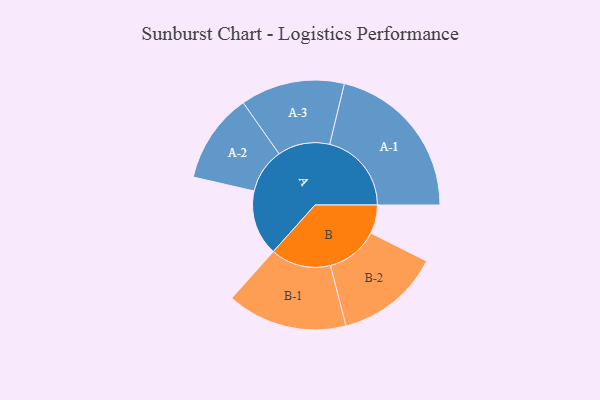
{"axis": {"x": "Segment", "y": "Value"}, "legend": ["", "A", "B"], "data": [{"x": "A", "y": 236, "type": ""}, {"x": "B", "y": 103, "type": ""}, {"x": "A-1", "y": 295, "type": "A"}, {"x": "A-2", "y": 162, "type": "A"}, {"x": "A-3", "y": 188, "type": "A"}, {"x": "B-1", "y": 217, "type": "B"}, {"x": "B-2", "y": 189, "type": "B"}]}